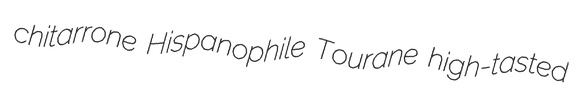
chitarrone Hispanophile Tourane high-tasted